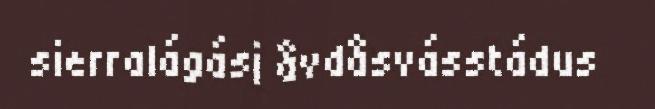
sierralágásj åvdåsvásstádus